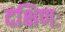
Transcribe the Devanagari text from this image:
दक्षिणः